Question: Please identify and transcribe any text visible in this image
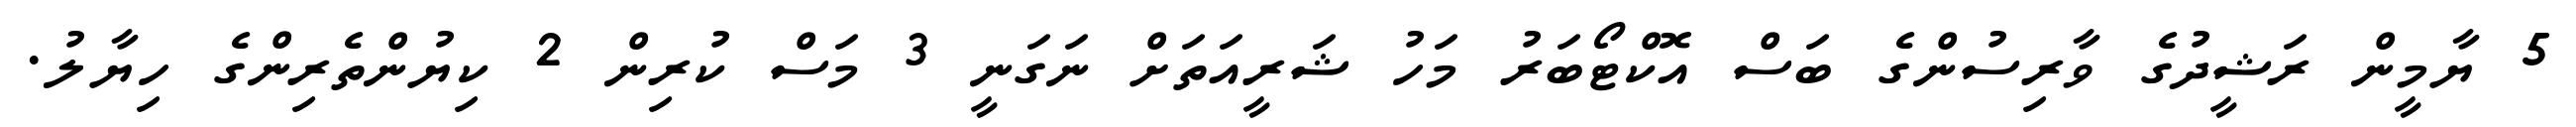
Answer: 5 ޔާމީން ރަޝީދުގެ ވާރިސުންގެ ބަސް އޮކްޓޯބަރު މަހު ޝަރީއަތަށް ނަގަނީ 3 މަސް ކުރިން 2 ކިޔުންތެރިންގެ ހިޔާލު.